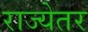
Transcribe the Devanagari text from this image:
राज्येतर